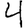
Digit: 4